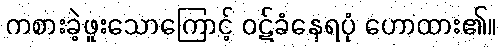
ကစားခဲ့ဖူးသောကြောင့် ဝဋ်ခံနေရပုံ ဟောထား၏။